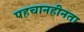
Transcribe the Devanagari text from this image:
पहचानहीनता